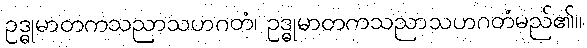
ဥဒ္ဓုမာတကသညာသဟဂတံ၊ ဥဒ္ဓုမာတကသညာသဟဂတံမည်၏။